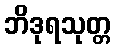
ဘိဒုရသုတ္တ